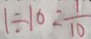
1 \div 1 0 = \frac { 1 } { 1 0 }